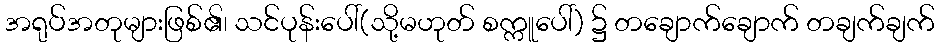
အရုပ်အတုများဖြစ်၏၊ သင်ပုန်းပေါ်(သို့မဟုတ် စက္ကူပေါ်) ၌ တချောက်ချောက် တချက်ချက်